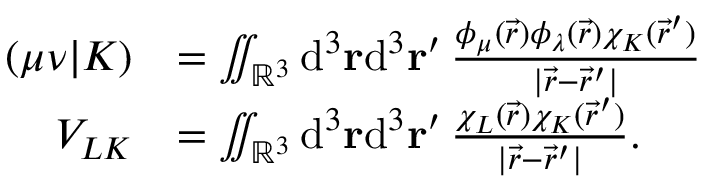
\begin{array} { r l } { ( \mu \nu \vert K ) } & { = \iint _ { \mathbb { R } ^ { 3 } } \mathrm { d } ^ { 3 } \ensuremath \mathbf { r } \mathrm { d } ^ { 3 } \ensuremath \mathbf { r } ^ { \prime } \, \frac { \phi _ { \mu } ( \vec { r } ) \phi _ { \lambda } ( \vec { r } ) \chi _ { K } ( \vec { r } ^ { \prime } ) } { \vert \vec { r } - \vec { r } ^ { \prime } \vert } } \\ { V _ { L K } } & { = \iint _ { \mathbb { R } ^ { 3 } } \mathrm { d } ^ { 3 } \ensuremath \mathbf { r } \mathrm { d } ^ { 3 } \ensuremath \mathbf { r } ^ { \prime } \, \frac { \chi _ { L } ( \vec { r } ) \chi _ { K } ( \vec { r } ^ { \prime } ) } { \vert \vec { r } - \vec { r } ^ { \prime } \vert } . } \end{array}